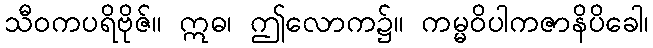
သီဝကပရိဗိုဇ်။ ဣဓ၊ ဤလောက၌။ ကမ္မဝိပါကဇာနိပိခေါ၊